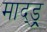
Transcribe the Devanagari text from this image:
माद्ड्र्